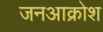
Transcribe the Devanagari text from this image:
जनआक्रोश